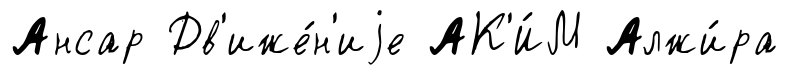
Ансар Дв'иже́н'иjе АК'И́М Алжи́ра